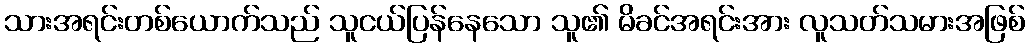
သားအရင်းတစ်ယောက်သည် သူငယ်ပြန်နေသော သူ၏ မိခင်အရင်းအား လူသတ်သမားအဖြစ်